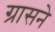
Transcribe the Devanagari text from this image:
ग्रासने